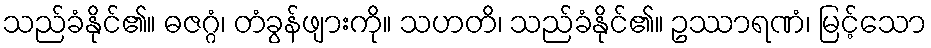
သည်ခံနိုင်၏။ ဓဇဂ္ဂံ၊ တံခွန်ဖျားကို။ သဟတိ၊ သည်ခံနိုင်၏။ ဥဿာရဏံ၊ မြင့်သော